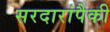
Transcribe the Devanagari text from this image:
सरदारांपैकी